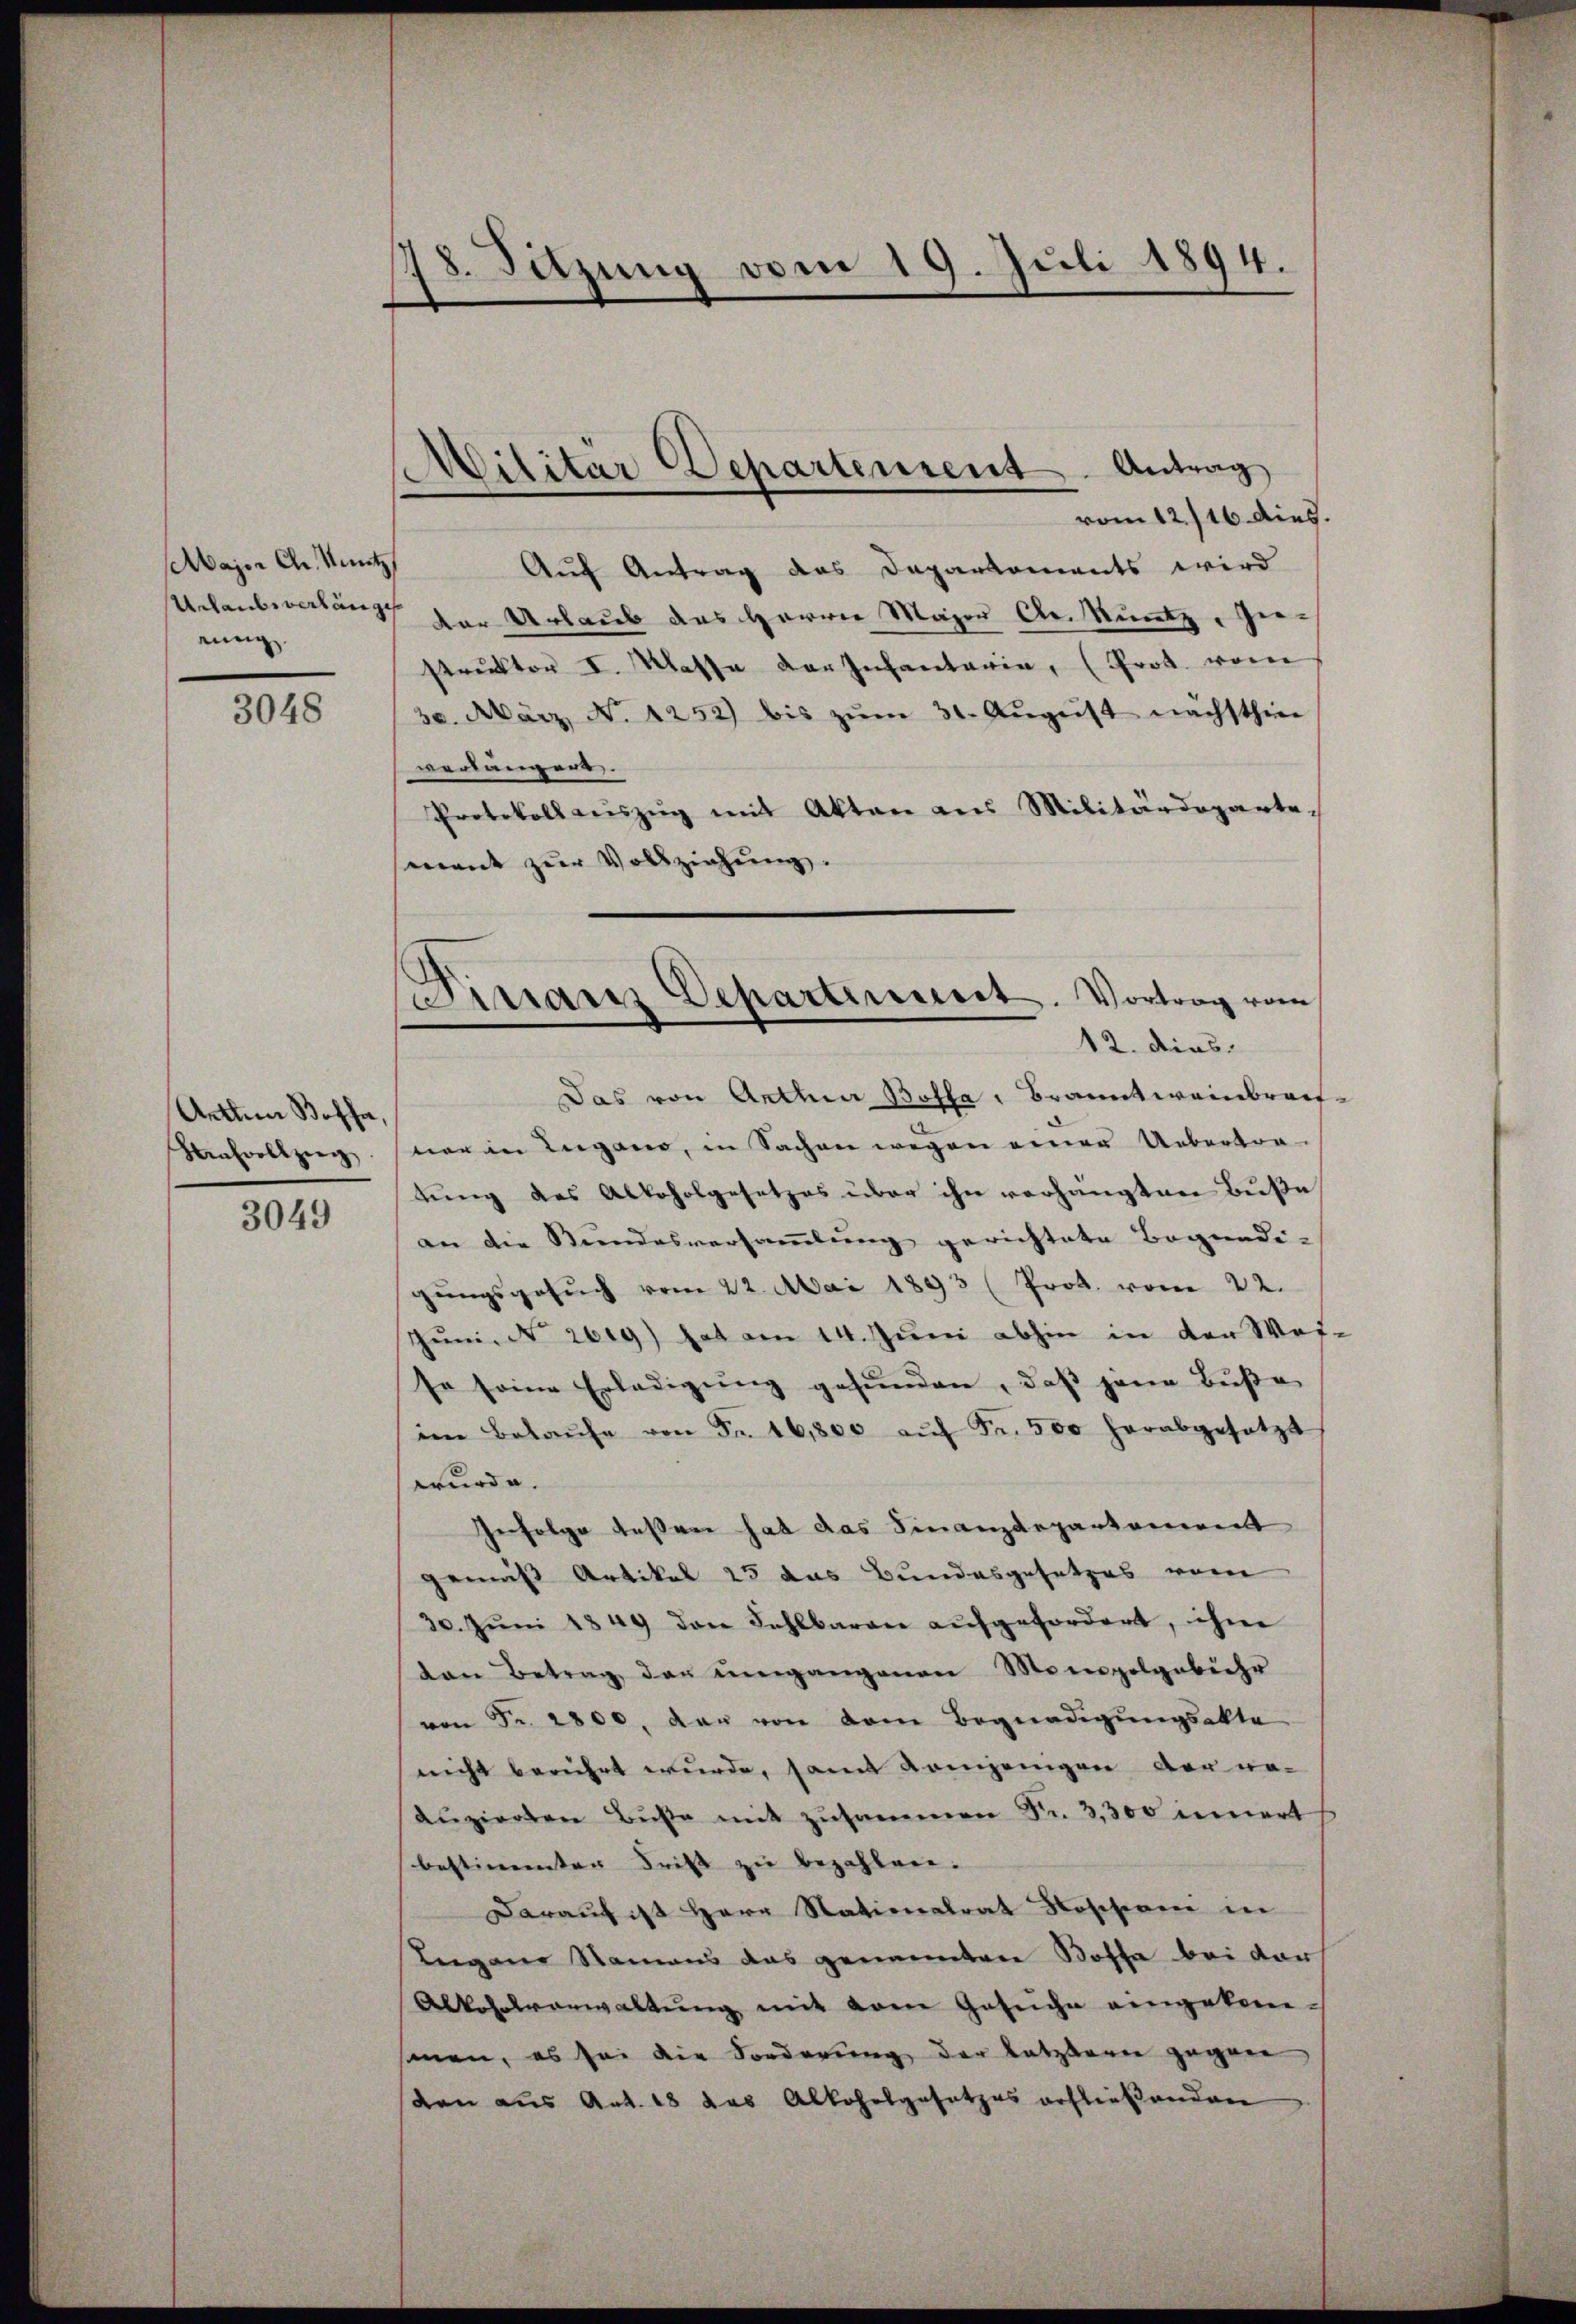
Major Chr. Unntz,
Urlaubesverbung
rung

3048

Arttem Koffe,
Hensvollzug

3049

8. Sitzung vom 19. Juli 1894.

Militär Departement. Antrag

vom 12./16. dies.
Auf Antrag des Daparkoments wird
der Urlaub das Herrn Major A. Kuntz, Gerstruktor I. Klasse der Infantaria, (Prot. vom
30. März No. 1252) bis zŭm 31. Aŭgŭst nächsthin
verlängert.
Protokoll auszug mit Akten aus Militärdepartement zŭr Vollziehung.
Das von Anthea Botta Branntweinbrach.
ner in Lugano, in Sachen wegen einer Uebertra-
tung des Alkoholgesetzes über ihn verhängten Buße
an die Stundesversammlung gerichtete Begnadi
gungsgesŭch vom 22. Mai 1893 (Prot. vom 22.
Jun. N. 2619) hat am 14. Juni abhin in der Wei-
se seine Erledigung gesunden, daß jene Buße
im Belaŭfe von Fr. 16,800 aŭf Fr. 500 herabgesetzt
wurde.
Gefolge deßen hat das Finanzdepartement
gemäß Artikel 25 das Bundesgesetzes vom
30. Jŭni 1849 den Fehlbaren aŭfgefordert, ihm
van Betrag der umgangenen Monopolgabiehr
von Fr. 2800. der von dem Begnadigungsakte
nicht berührt wurde, samt demjenigen der we-
duzierten Buße mit zusammen Nr. 3,300 innert
bestimmter Frist zu bezahlen.
Darauf ist Herr Nationalrat Roschen in
Eigene Namens das genannten Bossa bei der
Alkoholverwaltung mit vom Gesuche eingekom-
sonen, es sei die Forderung der Latzbaren gegen,
den aus Art. 18 das Alkoholgesetzes erfließenden

Dinanz Departement. Vortrag vom
12. dies